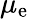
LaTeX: \mu_{\mathrm{e}}